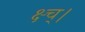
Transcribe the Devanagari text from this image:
क्ष्च्।